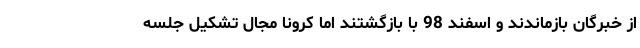
از خبرگان بازماندند و اسفند 98 با بازگشتند اما کرونا مجال تشکیل جلسه